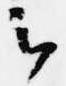
云